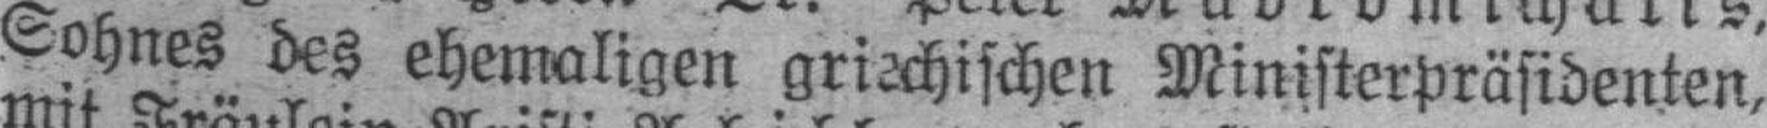
Sohnes des ehemaligen griechischen Ministerpräsidenten,